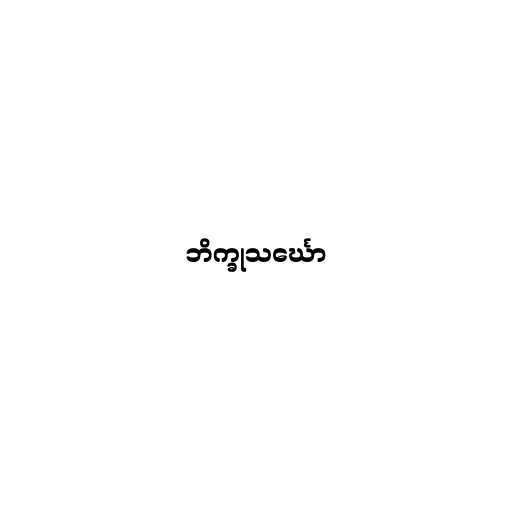
ဘိက္ခုသင်္ဃော